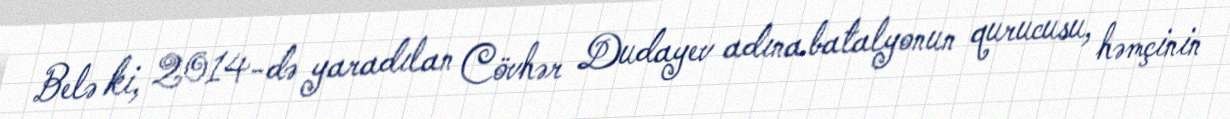
Belə ki, 2014-də yaradılan Cövhər Dudayev adına batalyonun qurucusu, həmçinin